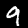
Label: 9